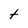
Character: t